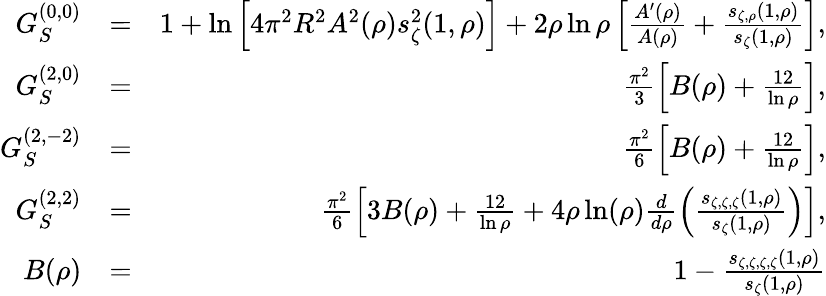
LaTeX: \begin{array}{rlr}{G_{S}^{(0,0)}}&{=}&{1+\ln\left[4\pi^{2}R^{2}A^{2}(\rho)s_{\zeta}^{2}(1,\rho)\right]+2\rho\ln\rho\left[\frac{A^{\prime}(\rho)}{A(\rho)}+\frac{s_{\zeta,\rho}(1,\rho)}{s_{\zeta}(1,\rho)}\right],}\\ {G_{S}^{(2,0)}}&{=}&{\frac{\pi^{2}}{3}\left[B(\rho)+\frac{12}{\ln\rho}\right],}\\ {G_{S}^{(2,-2)}}&{=}&{\frac{\pi^{2}}{6}\left[B(\rho)+\frac{12}{\ln\rho}\right],}\\ {G_{S}^{(2,2)}}&{=}&{\frac{\pi^{2}}{6}\left[3B(\rho)+\frac{12}{\ln\rho}+4\rho\ln(\rho)\frac{d}{d\rho}\left(\frac{s_{\zeta,\zeta,\zeta}(1,\rho)}{s_{\zeta}(1,\rho)}\right)\right],}\\ {B(\rho)}&{=}&{1-\frac{s_{\zeta,\zeta,\zeta,\zeta}(1,\rho)}{s_{\zeta}(1,\rho)}}\end{array}